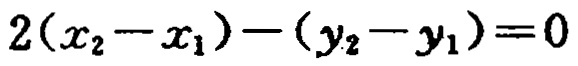
\(2(x_{2}-x_{1})-(y_{2}-y_{1})=0\)